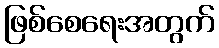
ဖြစ်စေရေးအတွက်